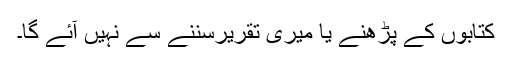
کتابوں کے پڑھنے یا میری تقریرسننے سے نہیں آئے گا۔